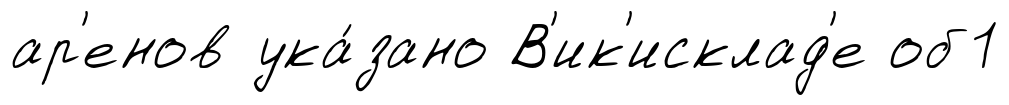
ар'енов ука́зано В'ик'исклад'е об1